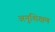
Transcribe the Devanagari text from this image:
अनुशिक्षण